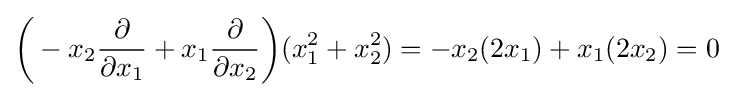
{\bigg (}-x_{2}{\frac {\partial }{\partial x_{1}}}+x_{1}{\frac {\partial }{\partial x_{2}}}{\bigg )}(x_{1}^{2}+x_{2}^{2})=-x_{2}(2x_{1})+x_{1}(2x_{2})=0